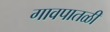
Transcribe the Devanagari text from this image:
गावपातळी